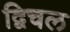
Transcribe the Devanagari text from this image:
द्विचल